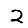
Digit: 2